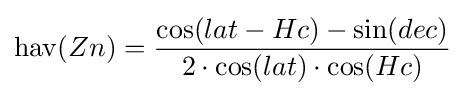
\operatorname {hav} (Zn)={\frac {\cos(lat-Hc)-\sin(dec)}{2\cdot \cos(lat)\cdot \cos(Hc)}}